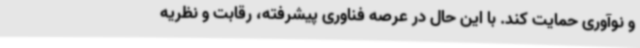
و نوآوری حمایت کند. با این حال در عرصه فناوری پیشرفته، رقابت و نظریه